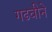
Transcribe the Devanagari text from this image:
गढवीने